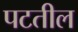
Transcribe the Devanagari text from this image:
पटतील